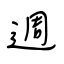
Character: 週